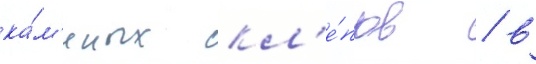
ка́м'енных скл'е́пов / в